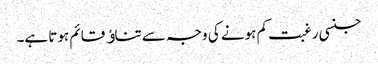
جنسی رغبت کم ہونے کی وجہ سے تناﺅ قائم ہوتا ہے۔